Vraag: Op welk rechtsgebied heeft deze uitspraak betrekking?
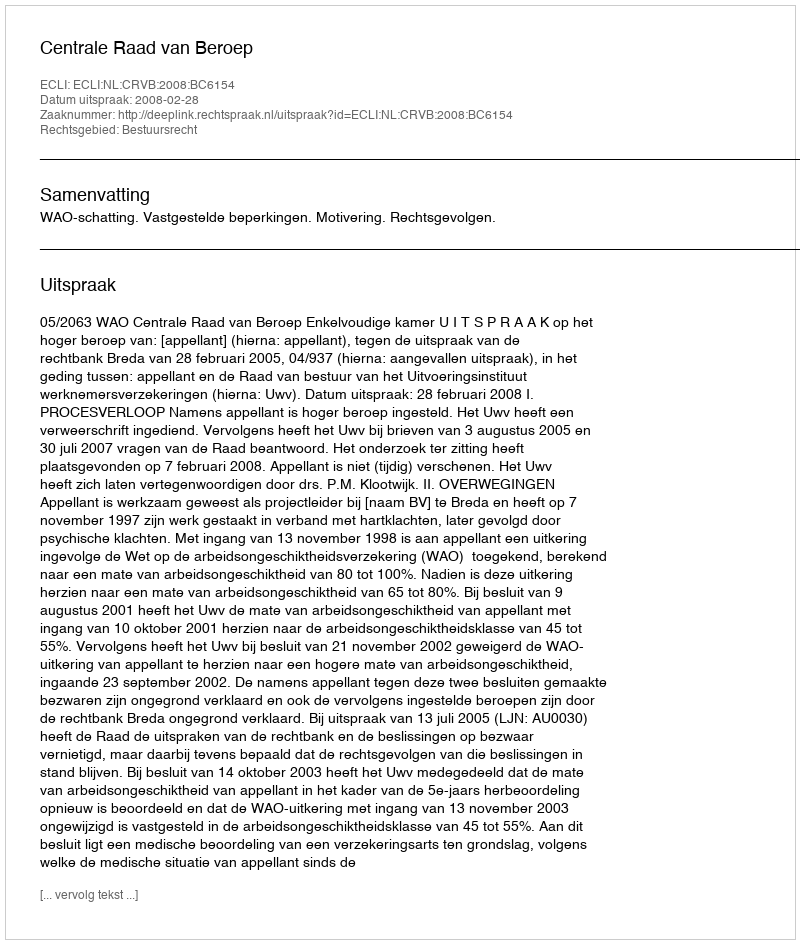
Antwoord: Bestuursrecht